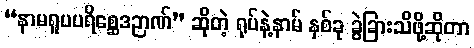
“နာမရူပပရိစ္ဆေဒဉာဏ်” ဆိုတဲ့ ရုပ်နဲ့နာမ် နှစ်ခု ခွဲခြားသိဖို့ဆိုတာ